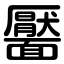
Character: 靨